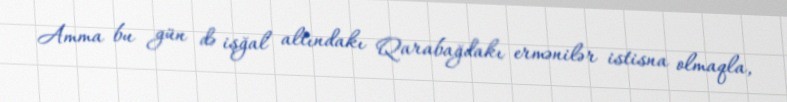
Amma bu gün də işğal altındakı Qarabağdakı ermənilər istisna olmaqla,